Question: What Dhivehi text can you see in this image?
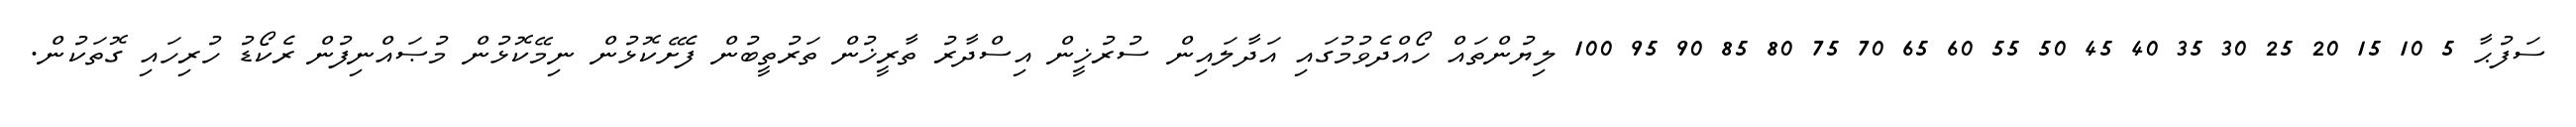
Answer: ސަފުޙާ 5 10 15 20 25 30 35 40 45 50 55 60 65 70 75 80 85 90 95 100 ލިޔުންތައް ހޯއްދެވުމުގައި އަދާލައިން ސުރުޚީން އިސްދާރު ތާރީޚުން ތަރުތީބުން ފެށޭކޮޅުން ނިމޭކޮޅުން މުޞައްނިފުން ރެކޯޑު ހުރިހައި ގޮތަކުން.